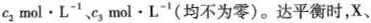
c_{2}mol·L^{-1}、c_{3}mol·L^{-1}(均不为零)。达平衡时，X、